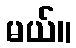
မယ်။